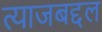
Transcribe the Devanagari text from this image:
त्याजबद्दल